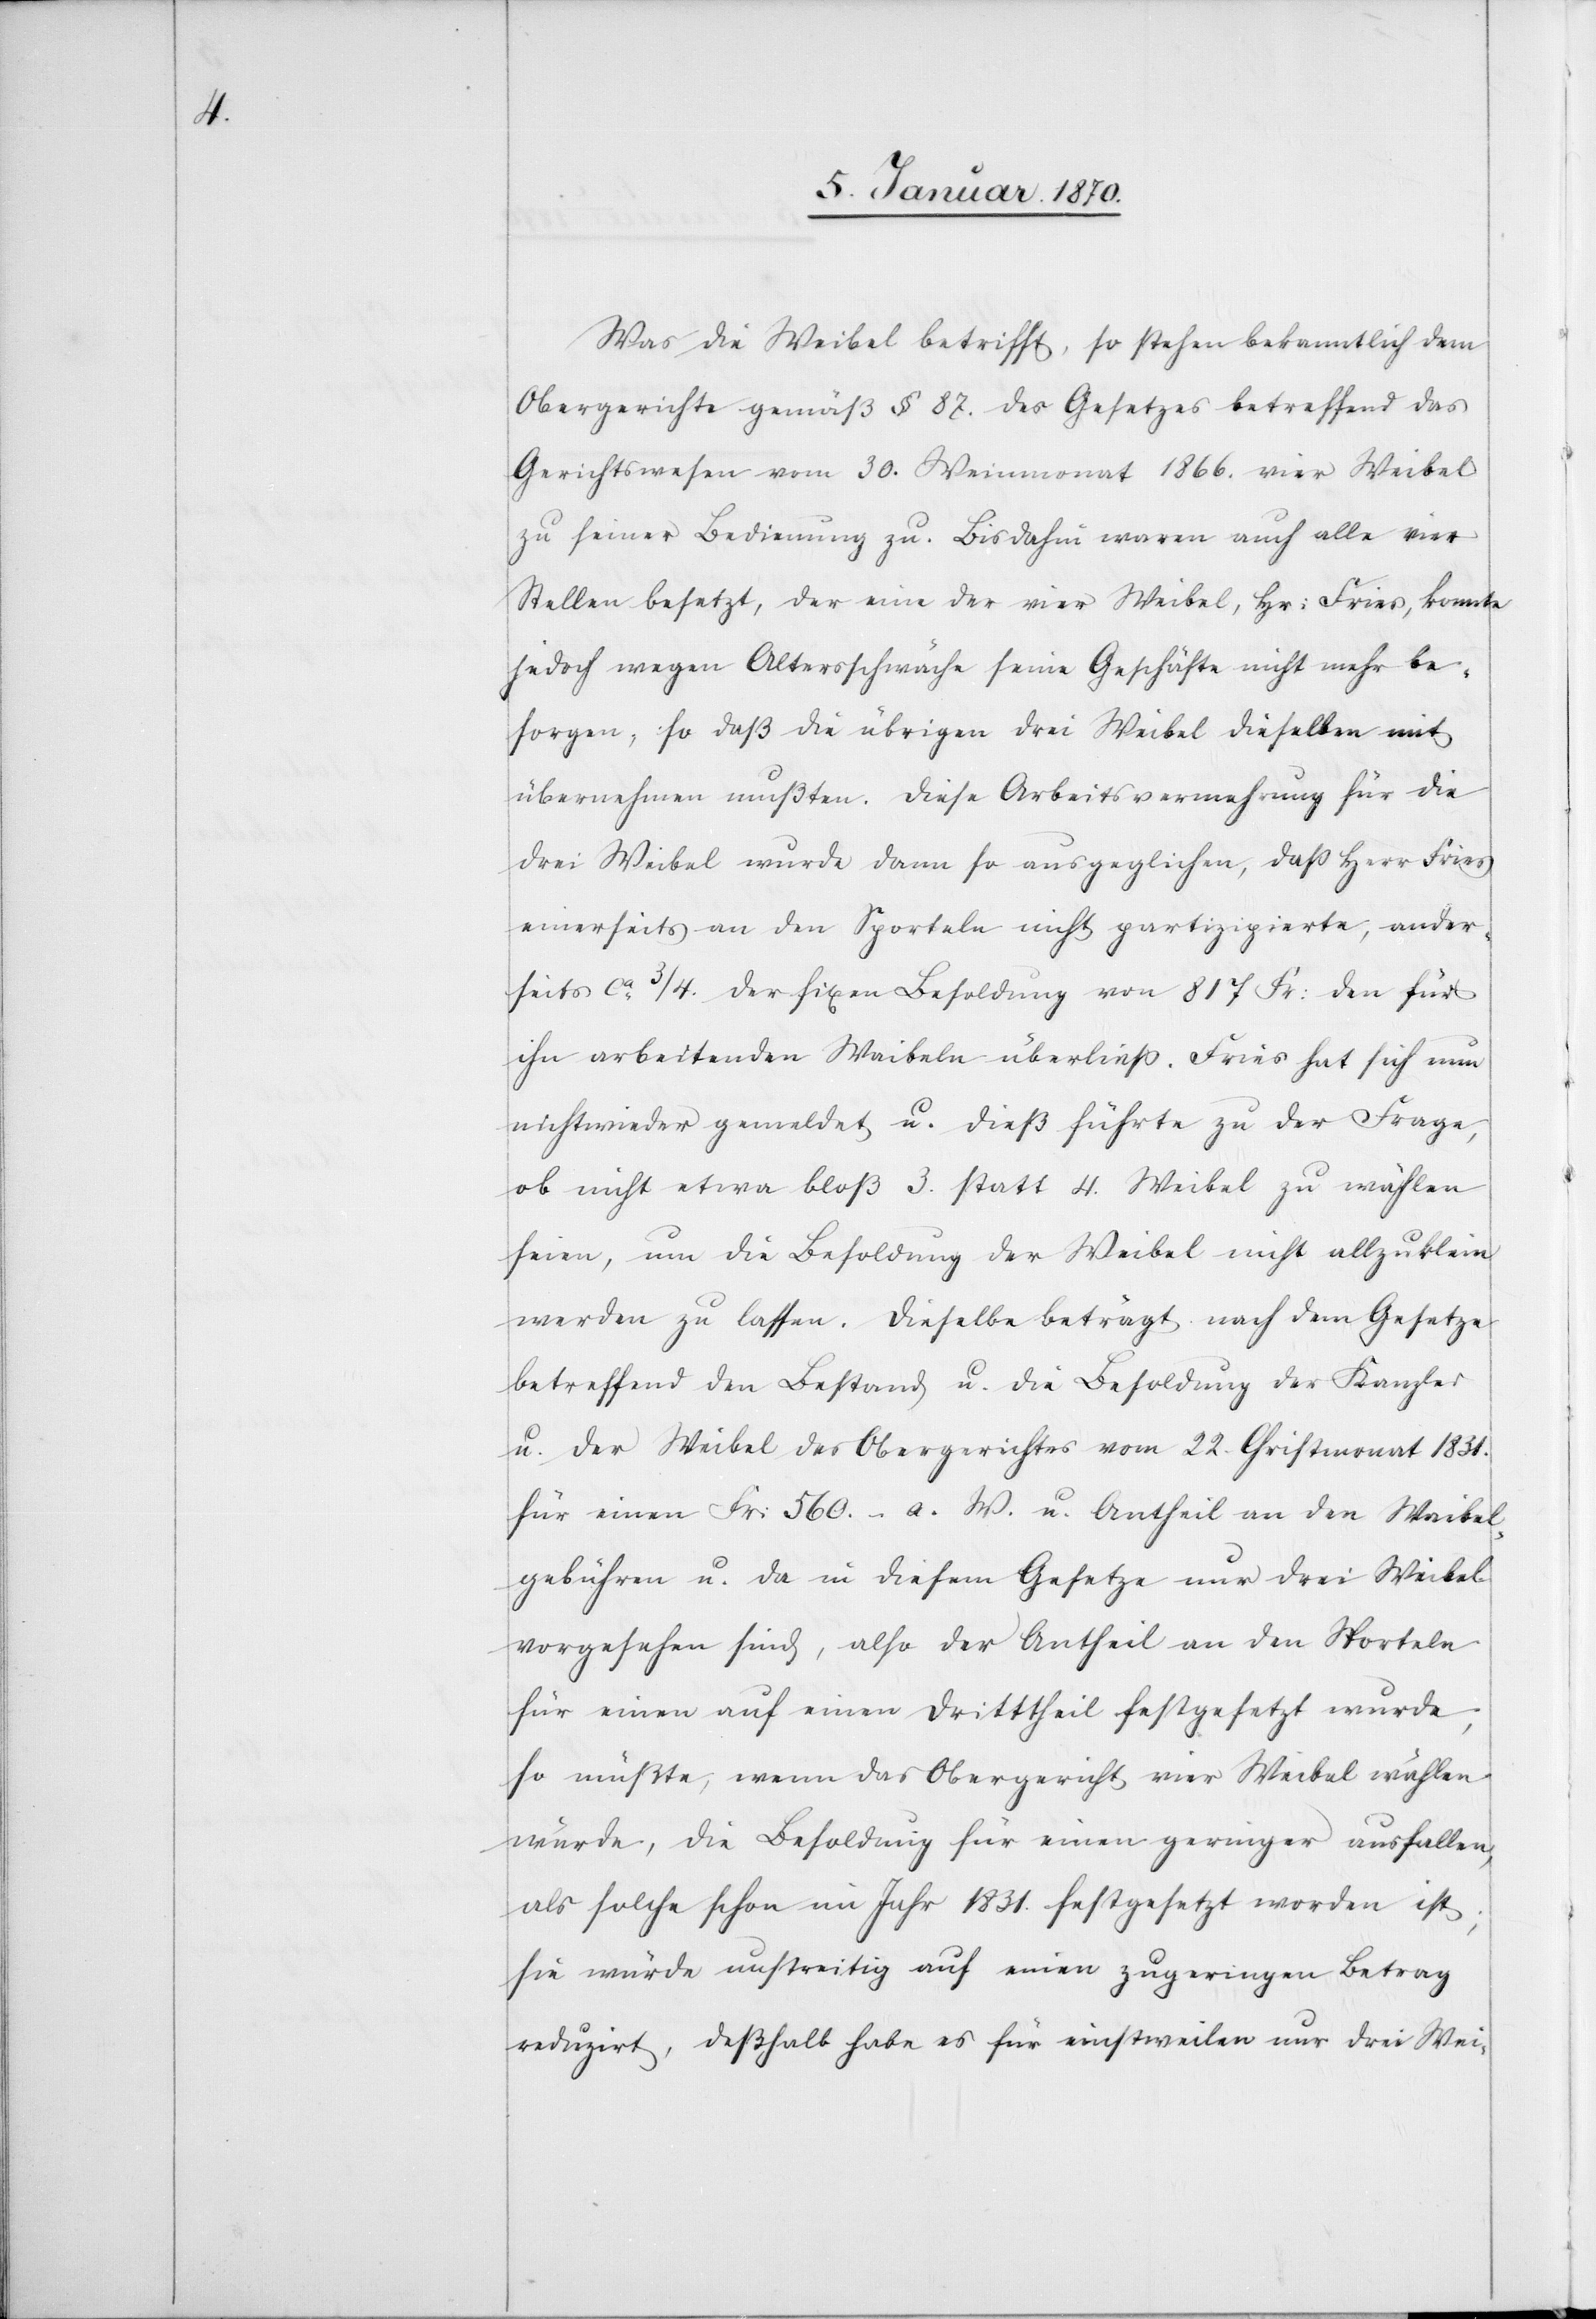
Was die Weibel betrifft, so stehen bekanntlich dem
Obergerichte gemäß § 87. des Gesetzes betreffend das
Gerichtswesen vom 30. Weinmonat 1866. vier Weibel
zu seiner Bedienung zu. Bis dahin waren auch alle vier
Stellen besetzt, der eine der vier Weibel, Hr: Fries, konnte
jedoch wegen Altersschwäche seine Geschäfte nicht mehr be¬
sorgen, so daß die übrigen drei Weibel dieselben mit
übernehmen mußten. Diese Arbeitsvermehrung für die
drei Weibel wurde dann so ausgeglichen, daß Herr Fries
einerseits an den Sporteln nicht partizipierte, ander¬
seits ca 3/4. der fixen Besoldung von 817 Fr: den für
ihn arbeitenden Waibeln [sic!] überließ. Fries hat sich nun
nichtwieder gemeldet u. dieß führte zu der Frage,
ob nicht etwa bloß 3. statt 4. Weibel zu wählen
seien, um die Besoldung der Weibel nicht allzuklein
werden zu lassen. Dieselbe beträgt nach dem Gesetze
betreffend den Bestand u. die Besoldung der Kanzler
u. der Weibel des Obergerichtes vom 22. Christmonat 1831.
für einen Fr: 560.- a. W. u. Antheil an den Waibel¬
gebühren u. da in diesem Gesetze nur drei Weibel
vorgesehen sind, also der Antheil an den Sporteln
für einen auf einen Dritttheil festgesetzt wurde,
so müßte, wenn das Obergericht vier Weibel wählen
würde, die Besoldung für einen geringer ausfallen,
als solche schon im Jahr 1831. festgesetzt worden ist;
sie würde unstreitig auf einen zugeringen Betrag
reduzirt, deßhalb habe es für einstweilen nur drei Wei-